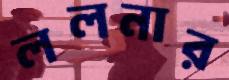
ললনার